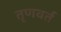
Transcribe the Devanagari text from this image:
तृणवर्त